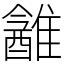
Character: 䨄